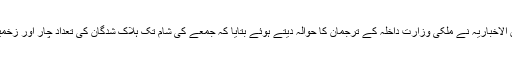
سعودی نیوز ٹیلی وژن الاخباریہ نے ملکی وزارت داخلہ کے ترجمان کا حوالہ دیتے ہوئے بتایا کہ جمعے کی شام تک ہلاک شدگان کی تعداد چار اور زخمیوں کی تعداد 18 تھی۔